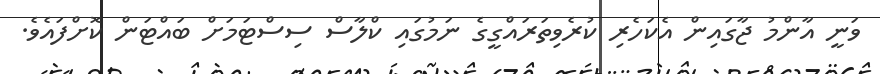
ވަނީ އާންމު ޖާގައިން އެކަހެރި ކުރެވިތަރައްގީގެ ނަމުގައި ކްލާސް ސިސްޓަމަށް ބައްޓަން ކޮށްފައެވެ.